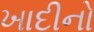
ખાદીનો